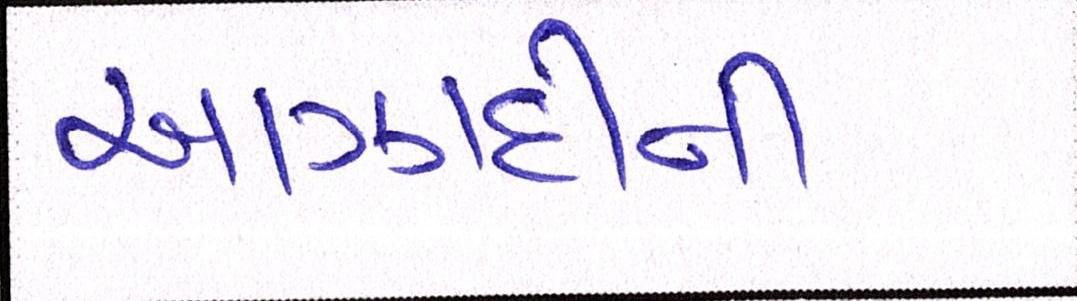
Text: આઝાદીની